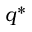
q ^ { * }